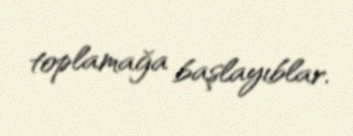
toplamağa başlayıblar.